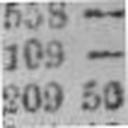
209 50